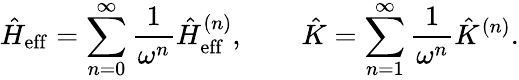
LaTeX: \hat{H}_{\mathrm{eff}}=\sum_{n=0}^{\infty}\frac{1}{\omega^{n}}\hat{H}_{\mathrm{eff}}^{(n)},\qquad\hat{K}=\sum_{n=1}^{\infty}\frac{1}{\omega^{n}}\hat{K}^{(n)}.